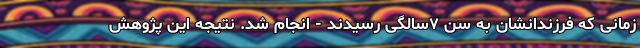
زمانی که فرزندانشان به سن ۷‌سالگی رسیدند - انجام شد. نتیجه این پژوهش